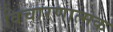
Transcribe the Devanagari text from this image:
विचारणात्मक